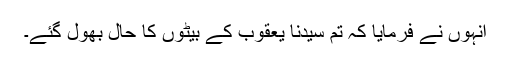
انہوں نے فرمایا کہ تم سیّدنا یعقوبؑ کے بیٹوں کا حال بھول گئے۔